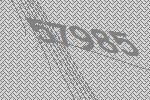
57985